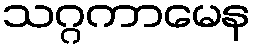
သဂ္ဂကာမေန